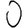
Digit: 0